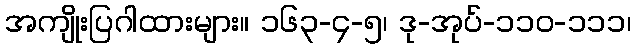
အကျိုးပြဂါထားများ။ ၁၆၃-၄-၅၊ ဒု-အုပ်-၁၁၀-၁၁၁၊